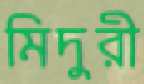
মিদুরী